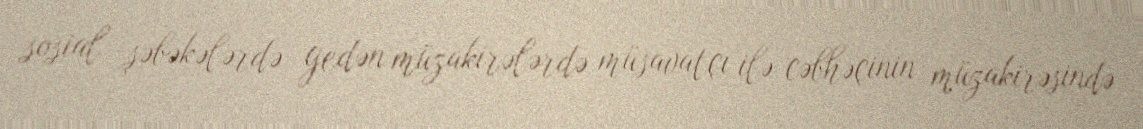
sosial şəbəkələrdə gedən müzakirələrdə müsavatçı ilə cəbhəçinin müzakirəsində